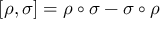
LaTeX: [ \rho , \sigma ] = \rho \circ \sigma - \sigma \circ \rho